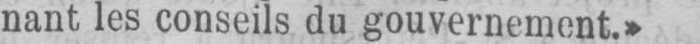
nant les conseils du gouvernement.»